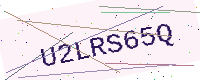
Text: U2LRS65Q